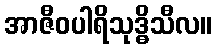
အာဇီဝပါရိသုဒ္ဓိသီလ။